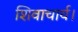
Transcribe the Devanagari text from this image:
शिवाचार्य।